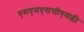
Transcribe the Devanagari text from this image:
एमएमएससीएमडी